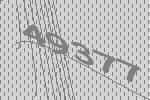
49377